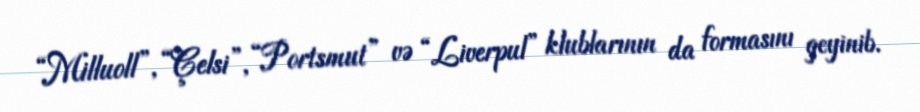
“Milluoll”, “Çelsi”, “Portsmut” və “Liverpul” klublarının da formasını geyinib.